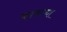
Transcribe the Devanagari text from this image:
काकय्या